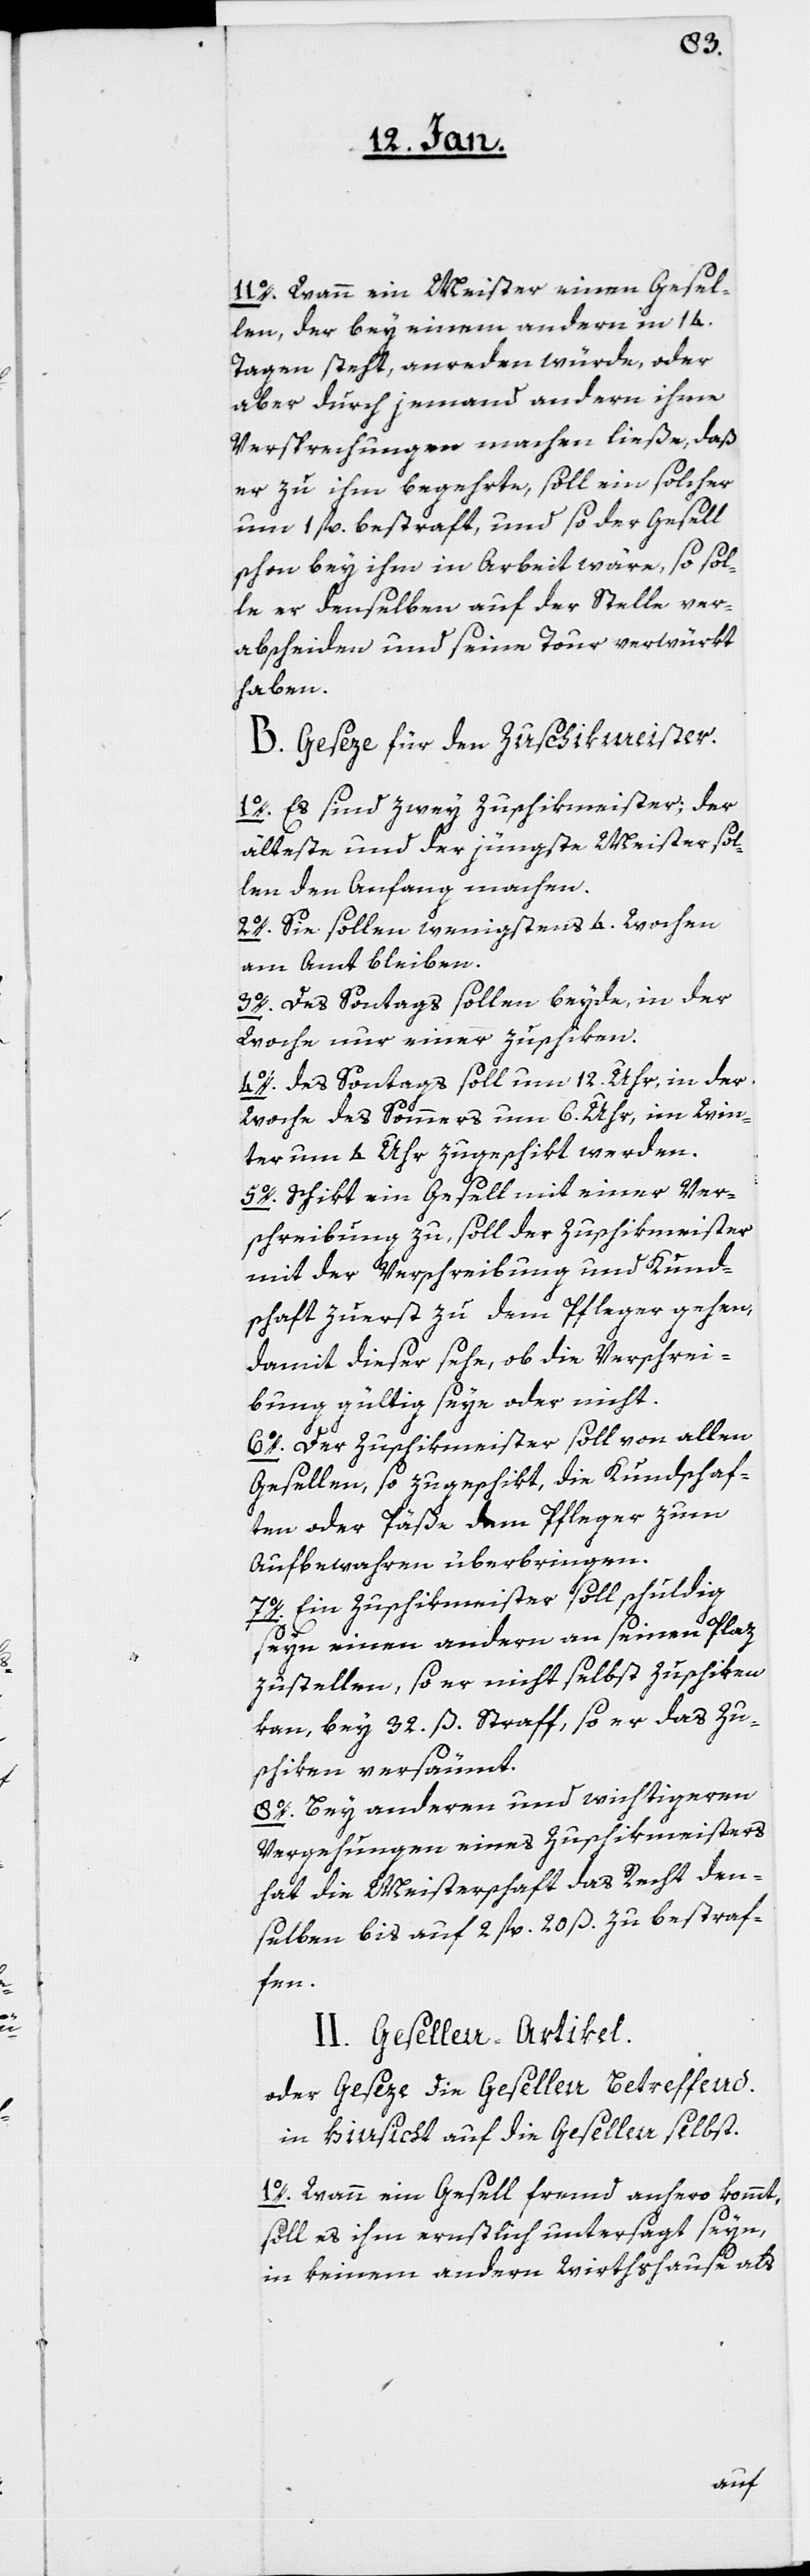
11o. Wann ein Meister einen Gesel¬
len, der bey einem andern in 14.
Tagen steht, anreden würde, oder
aber durch jemand andern ihme
Versprechungen machen ließe, daß
er zu ihm begehrte, soll ein solcher
um 1 fl. bestraft, und so der Gesell
schon bey ihm in Arbeit wäre, so sol¬
le er denselben auf der Stelle ver¬
abscheiden und seine Tour verwürkt
haben.
B. Geseze für den Zuschikmeister.
1o. Es sind zwei Zuschikmeister, der
älteste und der jüngste Meister sol¬
len den Anfang machen.
2o. Sie sollen wenigstens 4. Wochen
am Amt bleiben.
3o. Des Sontags sollen beyde, in der
Woche nur einer zuschiken.
4o. Des Sontags soll um 12. Uhr, in der
Woche des Sommers um 6. Uhr, im Win¬
ter um 4 Uhr zugeschikt werden.
5o. Schikt ein Gesell mit einer Ver¬
schreibung zu, soll der Zuschikmeister
mit der Verschreibung und Kund¬
schaft zuerst zu dem Pfleger gehen,
damit dieser sehe, ob die Verschrei¬
bung gültig seye oder nicht.
6o. Der Zuschikmeister soll von allen
Gesellen, so zugeschikt, die Kundschaf¬
ten oder Päße dem Pfleger zum
Aufbewahren überbringen.
7o. Ein Zuschikmeister soll schuldig
seyn einen andern an seinen Plaz
zu stellen, so er nicht selbst zuschiken
kan, bey 32. ß. Straff, so er das Zu¬
schiken versäumt.
8o. Bey anderen und wichtigeren
Vergehungen eines Zuschikmeisters
hat die Meisterschaft das Recht den¬
selben bis auf 2 fl. 20 ß. zu bestraf¬
en.
II. Gesellen-Artikel.
oder Geseze, die Gesellen betreffend,
in Hinsicht auf die Gesellen selbst.
1o. Wann ein Gesell fremd anhero kommt,
soll es ihm ernstlich untersagt seyn,
in keinem andern Wirthshause als